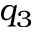
q _ { 3 }